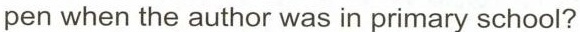
pen when the author was in primary school?